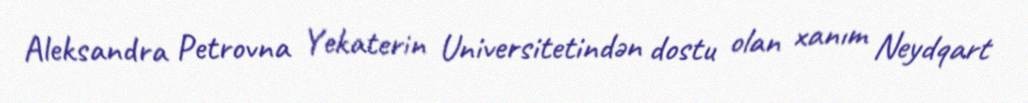
Aleksandra Petrovna Yekaterin Universitetindən dostu olan xanım Neydqart